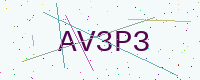
Text: AV3P3